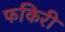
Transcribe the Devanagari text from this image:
फकिरी